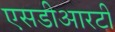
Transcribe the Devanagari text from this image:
एसडीआरटी